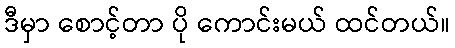
ဒီမှာ စောင့်တာ ပို ကောင်းမယ် ထင်တယ်။